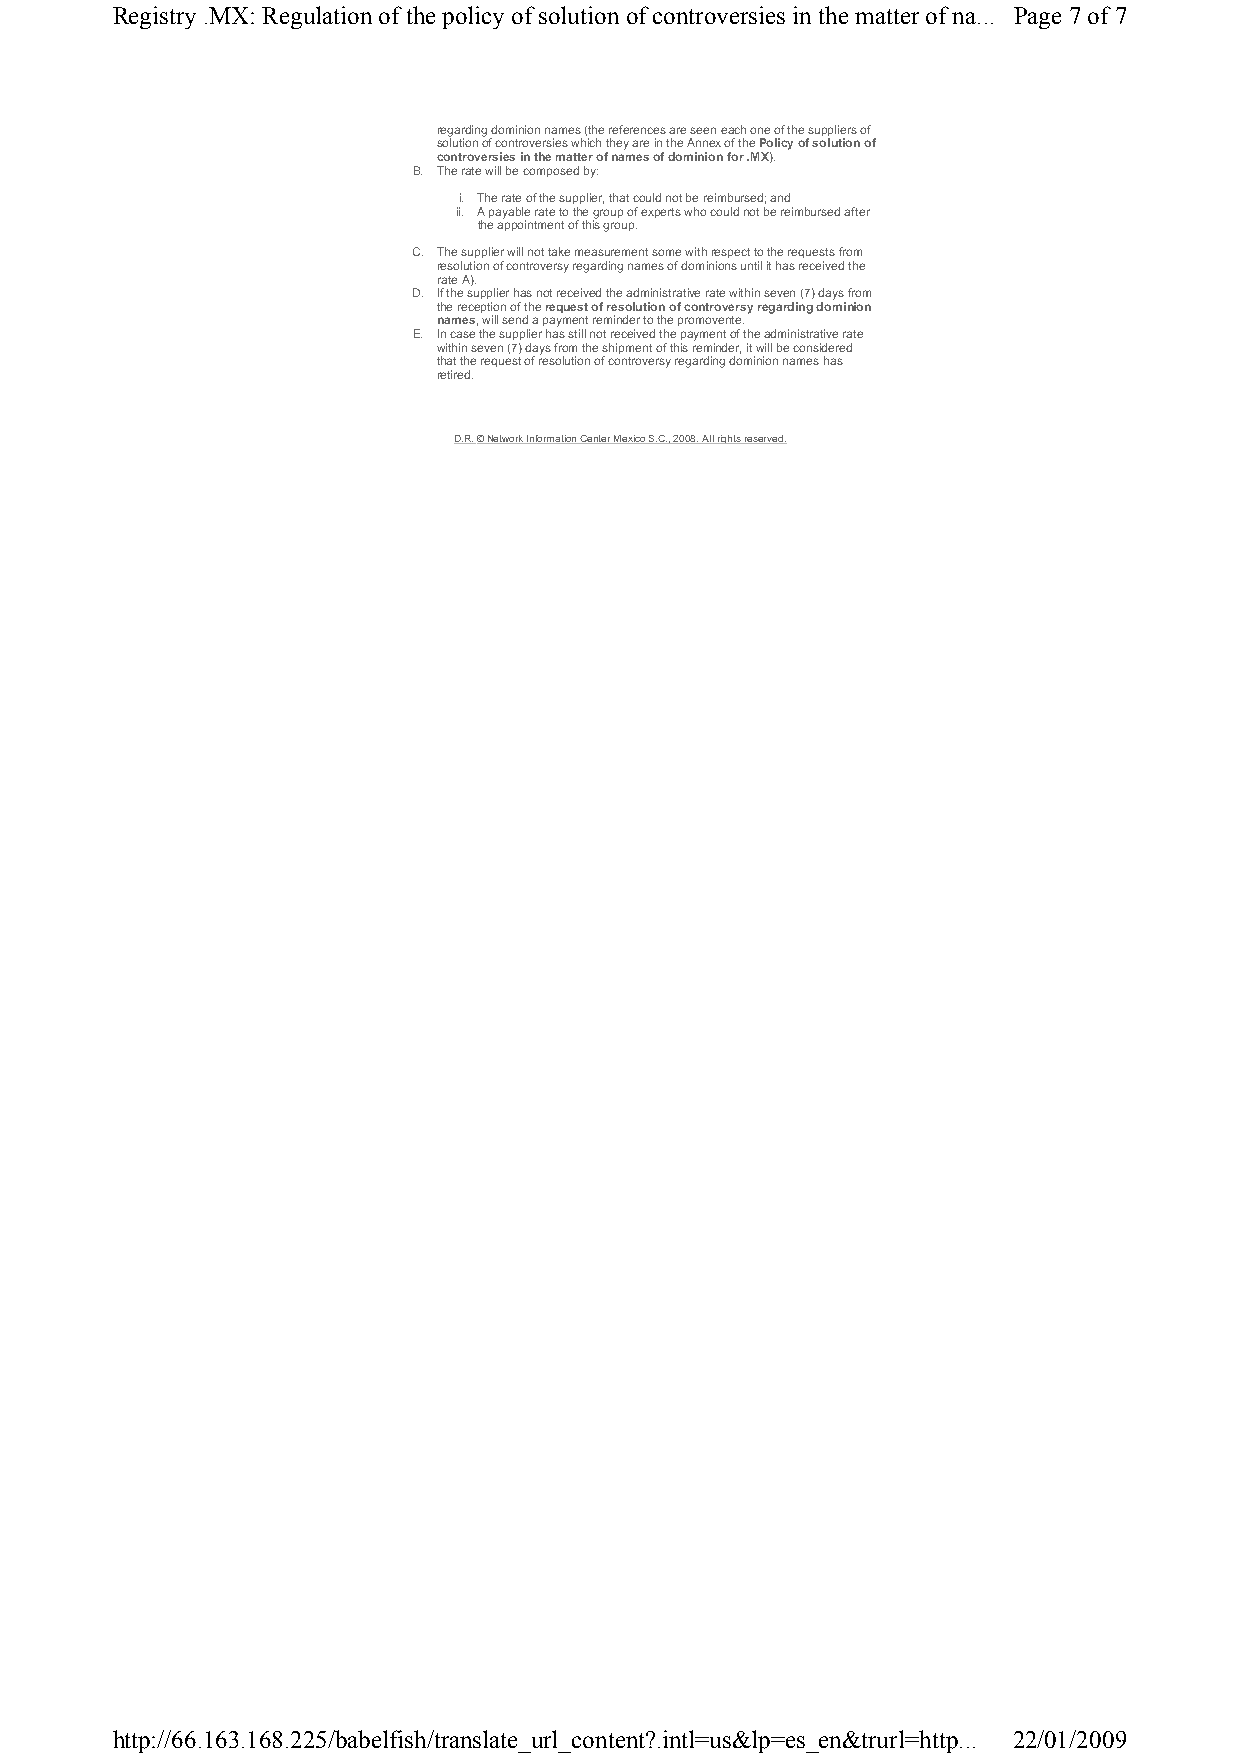
Registry .MX: Regulation of the policy of solution of controversies in the matter of na... Page 7 of 7
 regarding dominion names (the references are seen each one of the suppliers of
 solution of controversies which they are in the Annex of the Policy of solution of
 controversies in the matter of names of dominion for .MX).
 B. The rate will be composed by:
 i. The rate of the supplier, that could not be reimbursed; and
 ii. A payable rate to the group of experts who could not be reimbursed after
 the appointment of this group.
 C. The supplier will not take measurement some with respect to the requests from
 resolution of controversy regarding names of dominions until it has received the
 rate A).
 D. If the supplier has not received the administrative rate within seven (7) days from
 the reception of the request of resolution of controversy regarding dominion
 names, will send a payment reminder to the promovente.
 E. In case the supplier has still not received the payment of the administrative rate
 within seven (7) days from the shipment of this reminder, it will be considered
 that the request of resolution of controversy regarding dominion names has
 retired.
 D.R. © Network Information Center Mexico S.C., 2008. All rights reserved.
 http://66.163.168.225/babelfish/translate_url_content?.intl=us&lp=es_en&trurl=http... 22/01/2009